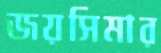
জয়সিমার